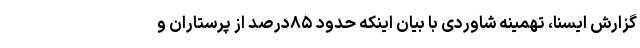
گزارش ایسنا، تهمینه شاوردی با بیان اینکه حدود ۸۵درصد از پرستاران و